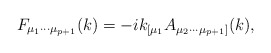
\begin{align*}F_{{\mu}_{1}{\cdots}{\mu}_{p+1}}(k)=-ik_{[{\mu}_{1}}A_{{\mu}_{2}{\cdots}{\mu}_{p+1}]}(k),\end{align*}